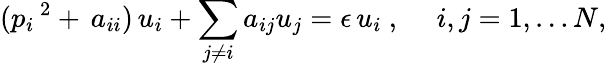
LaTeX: (p_{i}\, ^{2}+\, a_{ii})\, u_{i}+\sum_{j\neq i}a_{ij}u_{j}=\epsilon\, u_{i}~,\quad~i,j=1,\ldots N,